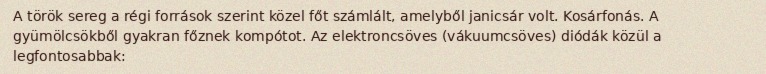
A török sereg a régi források szerint közel főt számlált, amelyből janicsár volt. Kosárfonás. A gyümölcsökből gyakran főznek kompótot. Az elektroncsöves (vákuumcsöves) diódák közül a legfontosabbak: